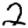
Digit: 2